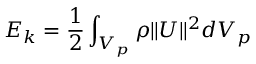
E _ { k } = \frac { 1 } { 2 } \displaystyle \int _ { V _ { p } } \rho \| \boldsymbol { U } \| ^ { 2 } d V _ { p }